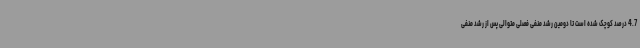
4.7 درصد کوچک شده است تا دومین رشد منفی فصلی متوالی پس از رشد منفی